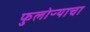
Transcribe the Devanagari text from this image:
फुलोऱ्याचा